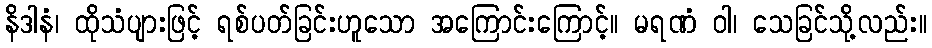
နိဒါနံ၊ ထိုသံပျားဖြင့် ရစ်ပတ်ခြင်းဟူသော အကြောင်းကြောင့်။ မရဏံ ဝါ၊ သေခြင်သို့လည်း။